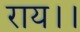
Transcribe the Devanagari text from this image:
राय।।